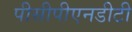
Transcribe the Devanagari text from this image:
पीसीपीएनडीटी